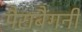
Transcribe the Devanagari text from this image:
पैराबैंगनी